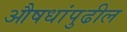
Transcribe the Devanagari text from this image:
औषधांपुढील